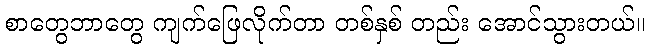
စာတွေဘာတွေ ကျက်ဖြေလိုက်တာ တစ်နှစ် တည်း အောင်သွားတယ်။